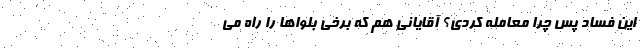
این فساد پس چرا معامله کردی؟ آقایانی هم که برخی بلواها را راه می‌